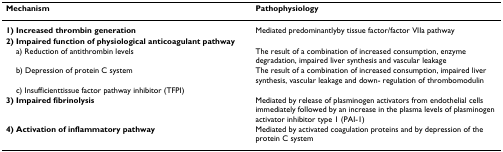
<table><thead><tr><td><b>Mechanism</b></td><td><b>Pathophysiology</b></td></tr></thead><tbody><tr><td><b>1) Increased thrombin generation</b></td><td>Mediated predominantlyby tissue factor/factor VIIa pathway</td></tr><tr><td><b>2) Impaired function of physiological anticoagulant pathway</b></td><td></td></tr><tr><td> a) Reduction of antithrombin levels</td><td>The result of a combination of increased consumption, enzyme degradation, impaired liver synthesis and vascular leakage</td></tr><tr><td> b) Depression of protein C system</td><td>The result of a combination of increased consumption, impaired liver synthesis, vascular leakage and down- regulation of thrombomodulin</td></tr><tr><td> c) Insufficienttissue factor pathway inhibitor (TFPI)</td><td></td></tr><tr><td><b>3) Impaired fibrinolysis</b></td><td>Mediated by release of plasminogen activators from endothelial cells immediately followed by an increase in the plasma levels of plasminogen activator inhibitor type 1 (PAI-1)</td></tr><tr><td><b>4) Activation of inflammatory pathway</b></td><td>Mediated by activated coagulation proteins and by depression of the protein C system</td></tr></tbody></table>